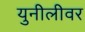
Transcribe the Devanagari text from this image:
युनीलीवर